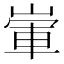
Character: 㟦